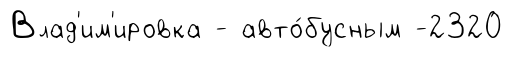
Влад'им'ировка - авто́бусным -2320